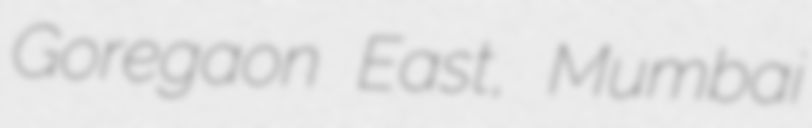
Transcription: Goregaon East, Mumbai